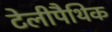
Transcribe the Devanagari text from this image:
टेलीपैथिक